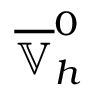
\overline { { \mathbb { V } } } _ { h } ^ { 0 }